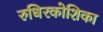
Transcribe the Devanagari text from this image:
रुधिरकोशिका